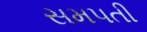
સમપતી